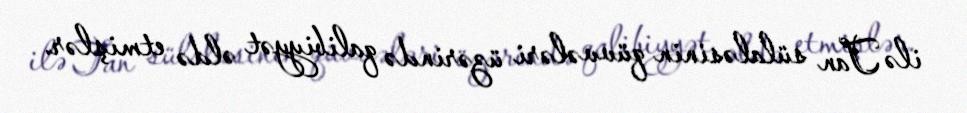
ilə Tan sülaləsinin qüvvələri üzərində qalibiyyət əldə etmişlər.